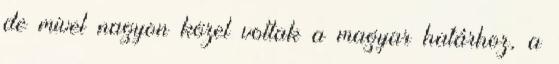
de mivel nagyon közel voltak a magyar határhoz, a